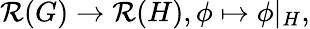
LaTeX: {\mathcal{R}}(G)\to{\mathcal{R}}(H),\phi\mapsto\phi|_{H},